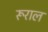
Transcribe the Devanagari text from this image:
रूराल